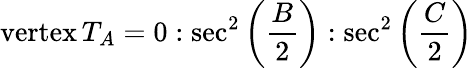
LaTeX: {\mathrm{vertex}}\, T_{A}=0:\sec^{2}\left({\frac{B}{2}}\right):\sec^{2}\left({\frac{C}{2}}\right)